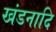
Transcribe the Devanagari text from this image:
खंडनादि